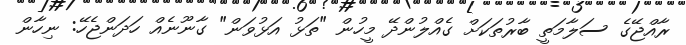
ރާއްޖޭގެ ސަލާމަތީ ބާރުތަކަށް ގެއްލުންދޭ މީހުން "ތަޅު އަޅުވަން" ގާނޫނެއް ހަދަންޖެހޭ: ނިހާން